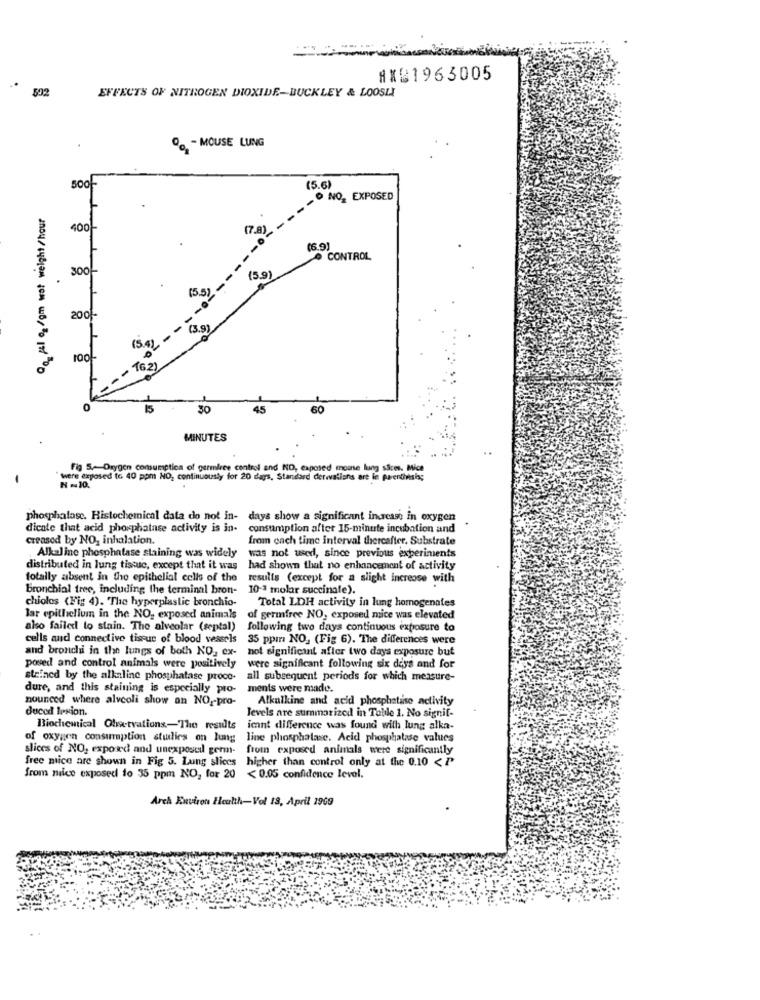
=
AXB1963005
592
EFFECTS OF NITROGEN DIOXIDE-BUCKLEY & LOOSLI
- MOUSE LUNG
500
(5.6)
O NO_ EXPOSED
Qa fil o /gm wot weight /hour
17.8
(6.9)
O CONTROL
(59)
(5.5)
2001-
(3.9)
(5.4))
16.2)
15
30
45
60
MINUTES
Fig 5.Oxygen comumptica of garmires control and ND, exposed moine lung sãoes. Mice
were exposed to 40 ppm NO, continuously for 20 days, Standard derivations are le parentisis;
phosphatase. Histochemical data do not in- days show a significant increase in oxygen
dicale that acid phosphatase activity is in- consumption after 15-minute incubation and
creased by NO, inhalation.
from each time interval thereafter. Substrate
Alkaline phosphatase staining was widely
was not used, since previous experiments
distributed in lung tissue, except that it was
had shown that no enhancement of activity
totally absent in the epithelial cells of the
results (except for a slight increase with
bronchial tree, including the terminal bron-
10-3 molar succinale).
chiolos (Fig 4). The hyperplastic bronchio-
Total LDH activity in lung homogenates
lar epithelium in the NO, exposed animals
of germfree NO, exposed mice was elevated
also failed to stain. The alveolar (septal)
following two days continuous exposure to
cells and connective tissue of blood vessels
35 ppin NO. (Fig 6). The differences were
and bronchi in the lungs of both NO, ex-
not significant after two days exposure but
posed and control animals were positively
were significant following six days and for
steined by the alkaline phosphatase proce-
all subsequent periods for which measure-
dure, and this staining is especially pro-
ments were made.
nounced where alveoli show an NO ,- pro-
Alkalkine and acid phosphatise activity
duced lesion.
levels are summarized in Tobile 1. No signif-
Biochemical Obratvations-The results
icant difference was found with lung alka-
of oxygen consumption studies on lung
line phosphatase. Acid phosphatase values
slices of NO, exposed and unexpostail germ-
from exposed animals were significantly
free mice are shown in Fig 5. Lung slices higher than control only at the 0.10 < P
from nice exposed to 35 ppm NO, for 20 < 0.05 confidence level.
Arch Environ Health-Vol 13, April 1969